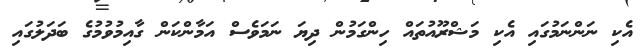
އެކި ނަންނަމުގައި އެކި މަޝްރޫއުތައް ހިންގަމުން ދިޔަ ނަމަވެސް އަމާންކަން ގާއިމުވުމުގެ ބަދަލުގައި